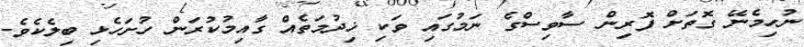
ނުހިމެނޭ ގޮތަށް ފޮރިން ސާވިސްގެ ނަމުގައި ވަކި ޚިދުމަތެއް ގާއިމުކުރަން ހުށަހެޅި ބިލެކެވެ.